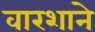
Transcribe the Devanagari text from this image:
वारशाने